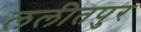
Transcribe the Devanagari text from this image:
ललीतपुर